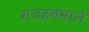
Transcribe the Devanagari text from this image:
मजहबवाले